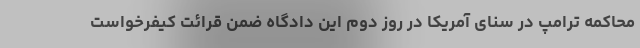
محاکمه ترامپ در سنای آمریکا در روز دوم این دادگاه ضمن قرائت کیفرخواست